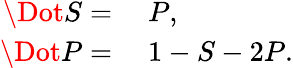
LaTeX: \begin{array}{rl}{\Dot{S}=}&{{}\; P,}\\ {\Dot{P}=}&{{}\; 1-S-2P.}\end{array}